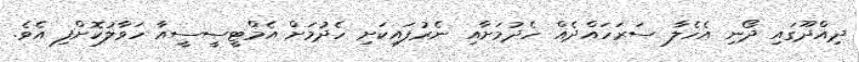
ދިއްދޫގައި ދޯނި އެހެލާ ސަރަހައްދެއް ހެދުމަށާއި ނެރުފައިކަށި ހެދުމަށް އެމްޓީސީސީއާ ހަވާލުކޮށްފި އެވެ.